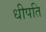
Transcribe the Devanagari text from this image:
धीपति